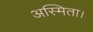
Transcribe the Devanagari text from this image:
अस्मिता।